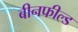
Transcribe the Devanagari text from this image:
बीनफील्ड